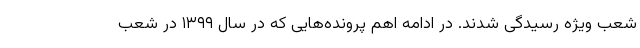
شعب ویژه رسیدگی شدند. در ادامه اهم پرونده‌هایی که در سال ۱۳۹۹ در شعب